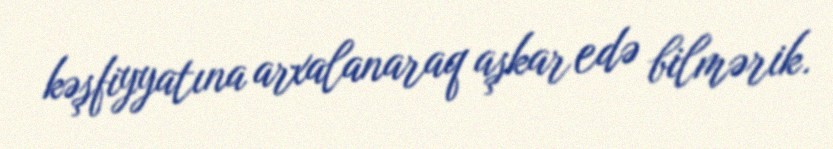
kəşfiyyatına arxalanaraq aşkar edə bilmərik.